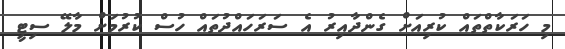
މި ހަރަކާތްތައް ކުރިއަށް ގެންދާއިރު އެ ސަރަހައްދުތައް ހުސް ކުރުމަށް މާލޭ ސިޓީ